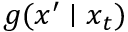
g ( x ^ { \prime } \mid x _ { t } )